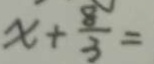
x + \frac { 8 } { 3 } =